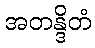
အတန္ဒိတံ